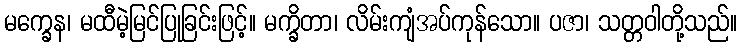
မက္ခေန၊ မထီမဲ့မြင်ပြုခြင်းဖြင့်။ မက္ခိတာ၊ လိမ်းကျံအပ်ကုန်သော။ ပဇာ၊ သတ္တဝါတို့သည်။